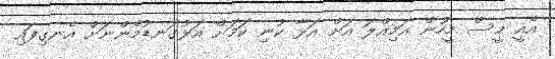
އެއީ މީސް މީހުން އަމިއްލަ އަށް އަޅާ ކުނި ކަމަށް އަޅުގަނޑުމެންނަށް އެނގިފައި